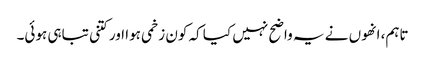
تاہم، انھوں نے یہ واضح نہیں کیا کہ کون زخمی ہوا اور کتنی تباہی ہوئی۔